Annual report of the Imperial Bacteriological Laboratory, Muktesar
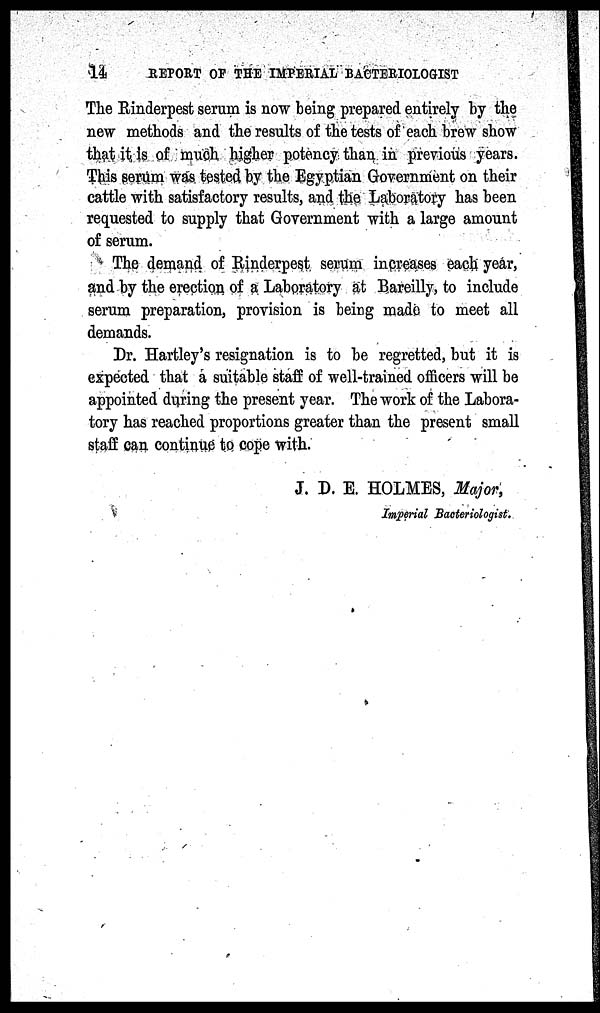
14
REPORT OF THE IMPERIAL BACTERIOLOGIST
The Rinderpest serum is now being prepared entirely by the
new methods and the results of the tests of each brew show
that it is of much higher potency than in previous years.
This serum was tested by the Egyptian Government on their
cattle with satisfactory results, and the Laboratory has been
requested to supply that Government with a large amount
of serum.
The demand of Rinderpest serum increases each year,
and by the erection of a Laboratory at Bareilly, to include
serum preparation, provision is being made to meet all
demands.
Dr. Hartley's resignation is to be regretted, but it is
expected that a suitable staff of well-trained officers will be
appointed during the present year. The work of the Labora-
tory has reached proportions greater than the present small
staff can continue to cope with.
J. D. E. HOLMES, Major,
Imperial Bacteriologist.